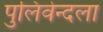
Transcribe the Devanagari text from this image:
पुलिवेन्दला